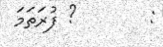
:        ? ފުރަތަމަ